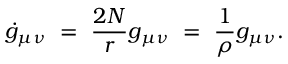
\dot { g } _ { \mu \nu } ~ = ~ { \frac { 2 N } { r } } g _ { \mu \nu } ~ = ~ { \frac { 1 } { \rho } } g _ { \mu \nu } .